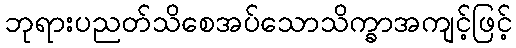
ဘုရားပညတ်သိစေအပ်သောသိက္ခာအကျင့်ဖြင့်